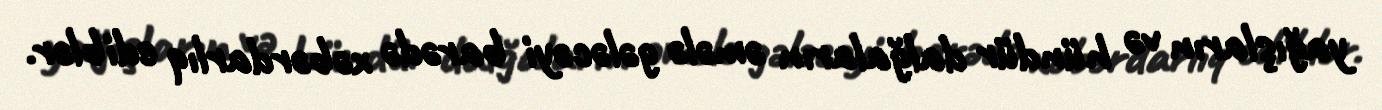
yağışların və hündür dalğaların əmələ gələcəyi barədə xəbərdarlıq ediblər.